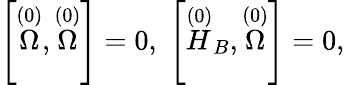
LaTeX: \left[\stackrel{(0)}{\Omega},\stackrel{(0)}{\Omega}\right]=0,\; \left[\stackrel{(0)}{H}_{B},\stackrel{(0)}{\Omega}\right]=0,